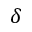
\delta